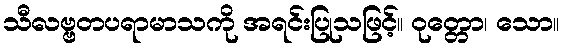
သီလဗ္ဗတပရာမာသကို အရင်းပြုသဖြင့်။ ဝုတ္တော၊ သော။